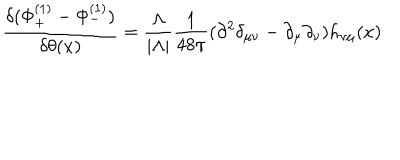
LaTeX: { \frac { \delta ( \Phi _ { + } ^ { ( 1 ) } - \Phi _ { - } ^ { ( 1 ) } ) } { \delta \theta ( x ) } } = { \frac { \Lambda } { | \Lambda | } } { \frac { 1 } { 4 8 \pi } } ( \partial ^ { 2 } \delta _ { \mu \nu } - \partial _ { \mu } \partial _ { \nu } ) h _ { \nu \mu } ( x )